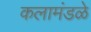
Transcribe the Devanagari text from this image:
कलामंडळे